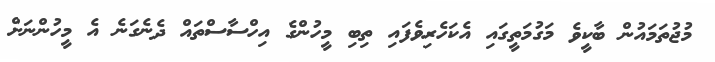
މުޖުތަމައުން ބާކީވެ މަގުމަތީގައި އެކަހެރިވެފައި ތިބި މީހުންގެ އިހްސާސްތައް ދެނެގަނެ އެ މީހުންނަށް